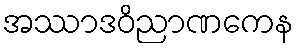
အဿာဒဝိညာဏကေန